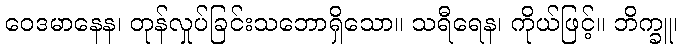
ဝေဒမာနေန၊ တုန်လှုပ်ခြင်းသဘောရှိသော။ သရီရေန၊ ကိုယ်ဖြင့်။ ဘိက္ခူ၊